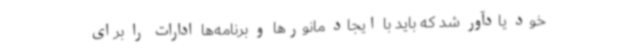
خود یادآور شد که باید با ایجاد مانورها و برنامه‌ها ادارات را برای